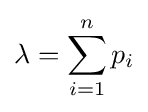
\lambda =\sum _{i=1}^{n}p_{i}